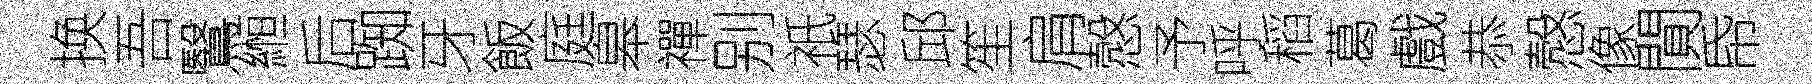
换吾鷖縆后踟牙飯庭皋禪别祇瑟邱笙肩慤予呼稻葛戲恭慤像閴帋